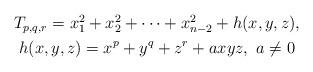
LaTeX: \begin{align*} \begin{gathered} T_{p,q,r} = x_1 ^2 + x_2 ^2 + \cdots + x_{n-2} ^2+ h(x, y,z) ,\\h(x, y,z) = x^p + y^q +z^r + a xyz, \ a\neq 0 \end{gathered}\end{align*}